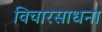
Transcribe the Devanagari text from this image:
विचारसाधना